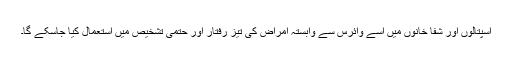
اسپتالوں اور شفا خانوں میں اسے وائرس سے وابستہ امراض کی تیز رفتار اور حتمی تشخیص میں استعمال کیا جاسکے گا۔